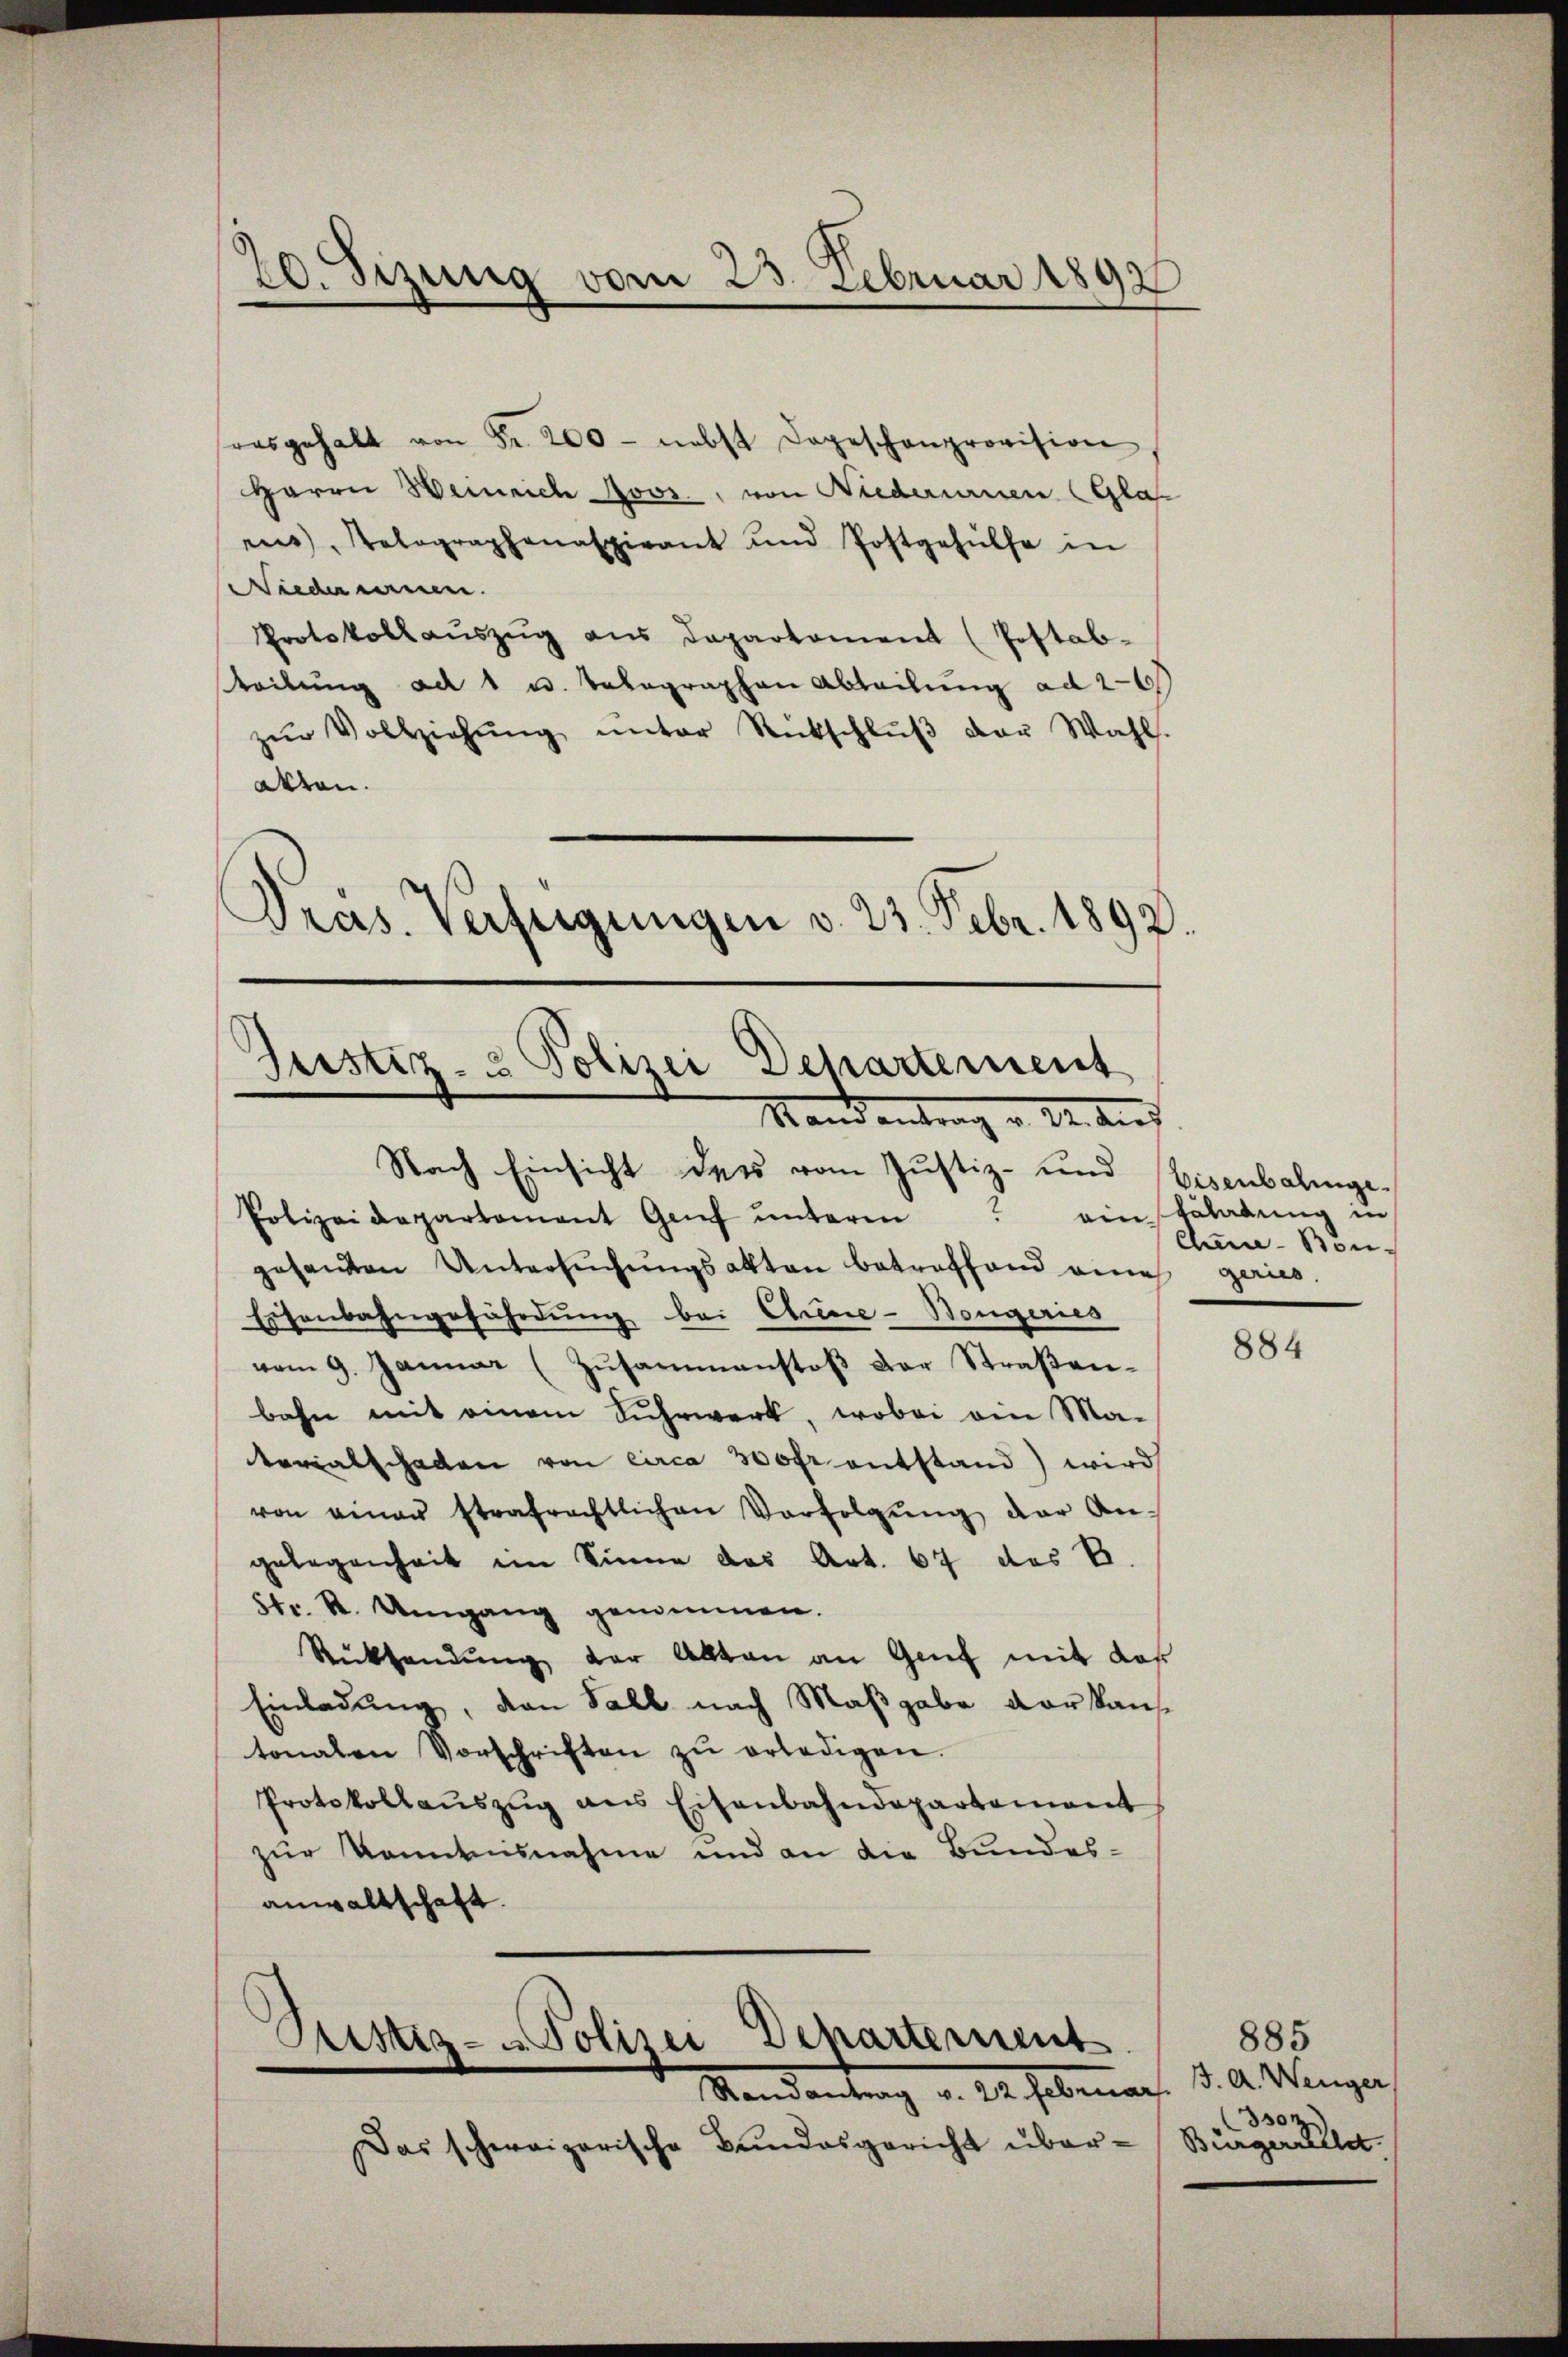
20. Sizung vom 25. Februar 1892

oasgehalt von Fr. 200 - nebst dageschenprovision
Herrn Weinrich Novs., von Niederurnen (Gla
eis, olographenaspirant und Postgehülfe in
Wieder wegen.
Protokoll aŭszŭg ans Departement (Postab-
teilung ad 1 u. Telegraphen Abteilung ad 26
zŭr Vollziehŭng ŭnter Rückschlŭβ der Wahl.
akten.
s
Pras. Verfügungen v. 23. Febr. 1892.

Justiz- & Polizei Departement
Stand antrag v. dr. Auch

Nach Einsicht des vom Justiz- und Eisenbalinge-
Polizeidepartement Genf ŭnterm ein beladŭng in
gesandten Untersŭchŭngsakten betreffend eine gan
Eisenbahngefährdung bei Chine-Bongeries
vom 9. Januar (Zusammanstoß der Straßenbahn mit einem Fuhrwerk, wobei ein Ma-
terialschaden von circa 300 fr entstand) wird
von einer strafrechtlichen Verfolgŭng der An-
gelegenheit im Sinne das Art. 67 des E.
Str. St. Umgang genommen.
Rücksendŭng der Akten an Genf mit das
Einladung, von Fall nach Maßgabe vorkauf
tonalen Vorschriften zŭ erledigen.
Protokollaŭszŭg ans Eisenbahndepartement
zur Kenntnisnahme und an die Bundesanwaltschaft.

Pristig - Polizei Departement
Mandantung v. Ms. habenen

Das schweizerische Bundesgericht über¬

Chine-Kon¬

884

885
J. A. Wenger
e
330
Bürgermeld